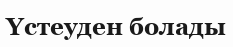
Үстеуден болады